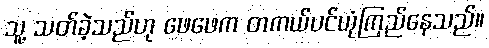
သူ့ သတ်ခဲ့သည်ဟု ဖေဖေက တကယ်ပင်ယုံကြည်နေသည်။